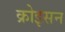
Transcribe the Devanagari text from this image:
क्रोइसन